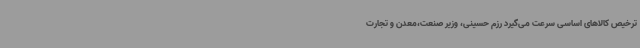
ترخیص کالاهای اساسی سرعت می‌گیرد رزم حسینی، وزیر صنعت،معدن و تجارت